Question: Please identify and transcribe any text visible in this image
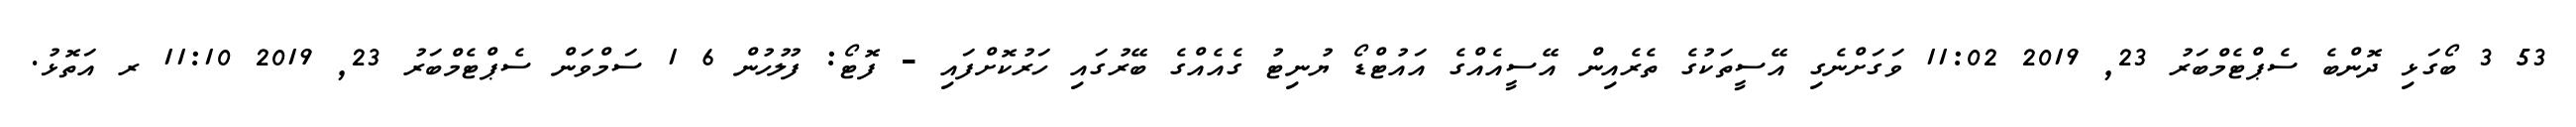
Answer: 53 3 ބޯގަޅި ދޮންބެ ސެޕްޓެމްބަރު 23, 2019 11:02 ވަގަށްނެގި އޭސީތަކުގެ ތެރެއިން އޭސީއެއްގެ އައުޓްޑޯ ޔުނިޓު ގެއެއްގެ ބޭރުގައި ހަރުކޮށްފައި - ފޮޓޯ: ފުލުހުން 6 1 ސަމްވަން ސެޕްޓެމްބަރު 23, 2019 11:10 ރ އަތޮޅު.